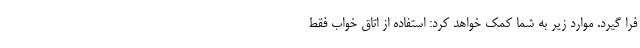
فرا گیرد. موارد زیر به شما کمک خواهد کرد: استفاده از اتاق خواب فقط